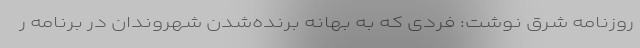
روزنامه شرق نوشت: فردی که به بهانه برنده‌شدن شهروندان در برنامه ر